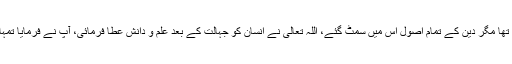
فوقیت کا معیار صرف تقویٰ ہے، خطبہ حجۃ الوداع مختصر تھا مگر دین کے تمام اصول اس میں سمٹ گئے، اللہ تعالیٰ نے انسان کو جہالت کے بعد علم و دانش عطا فرمائی، آپؐ نے فرمایا تمہارا خون، مال اور عزتیں ایک دوسرے کیلئے قابل احترام ہیں۔